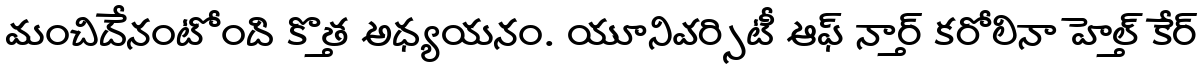
మంచిదేనంటోంది కొత్త అధ్యయనం. యూనివర్సిటీ ఆఫ్ నార్త్ కరోలినా హెల్త్ కేర్